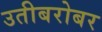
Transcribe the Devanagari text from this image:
उतीबरोबर